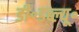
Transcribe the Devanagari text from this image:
डी॰डब्ल्यू॰